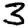
Digit: 3